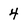
Character: 4